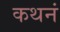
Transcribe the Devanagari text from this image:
कथनं